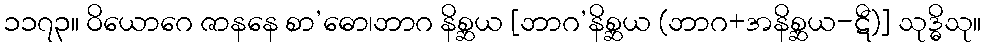
၁၁၇၃။ ဝိယောဂေ ဇာနနေ စာ’ဓော၊ဘာဂ နိစ္ဆယ [ဘာဂ’နိစ္ဆယ (ဘာဂ+အနိစ္ဆယ-ဋီ)] သုဒ္ဓိသု။